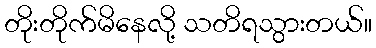
တိုးတိုက်မိနေလို့ သတိရသွားတယ်။